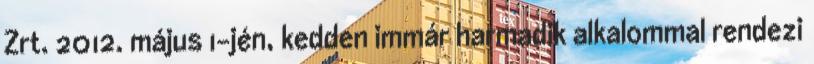
Zrt. 2012. május 1-jén, kedden immár harmadik alkalommal rendezi